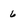
Character: 6